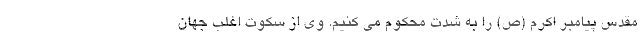
مقدس پیامبر اکرم (ص) را به شدت محکوم می کنیم. وی از سکوت اغلب جهان